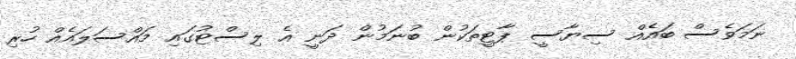
ނަމަވެސް ބައެއް ސިޔާސީ ޕާޓީތަކުން ބުނަމުން ދަނީ އެ ލިސްޓުގައި މައްސަލައެއް ހުރި